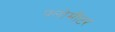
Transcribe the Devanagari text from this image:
फ्लोमीटर